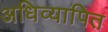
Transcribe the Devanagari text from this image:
अधिव्यापित